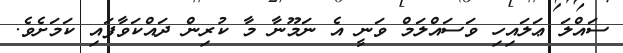
ސައްލަ ޢަލައިހި ވަސައްލަމް ވަނީ އެ ނަމޫނާ މާ ކުރިން ދައްކަވާފައި ކަމަށެވެ.